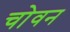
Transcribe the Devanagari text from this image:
चोवन